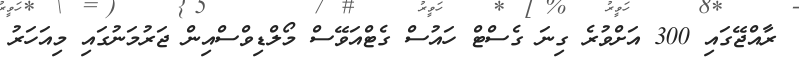
ރާއްޖޭގައި 300 އަށްވުރެ ގިނަ ގެސްޓް ހައުސް ގެޓްއަވޭސް މޯލްޑިވްސްއިން ޖަރުމަނުގައި މިއަހަރު